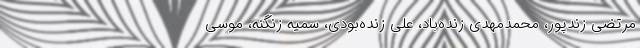
مرتضی زندپور، محمدمهدی زنده‌باد، علی زنده‌بودی، سمیه زنگنه، موسی